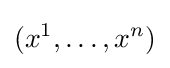
(x^{1},\ldots ,x^{n})